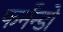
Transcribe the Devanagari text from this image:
फर्नॅन्डो